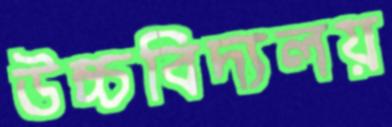
উচ্চবিদ্যলয়